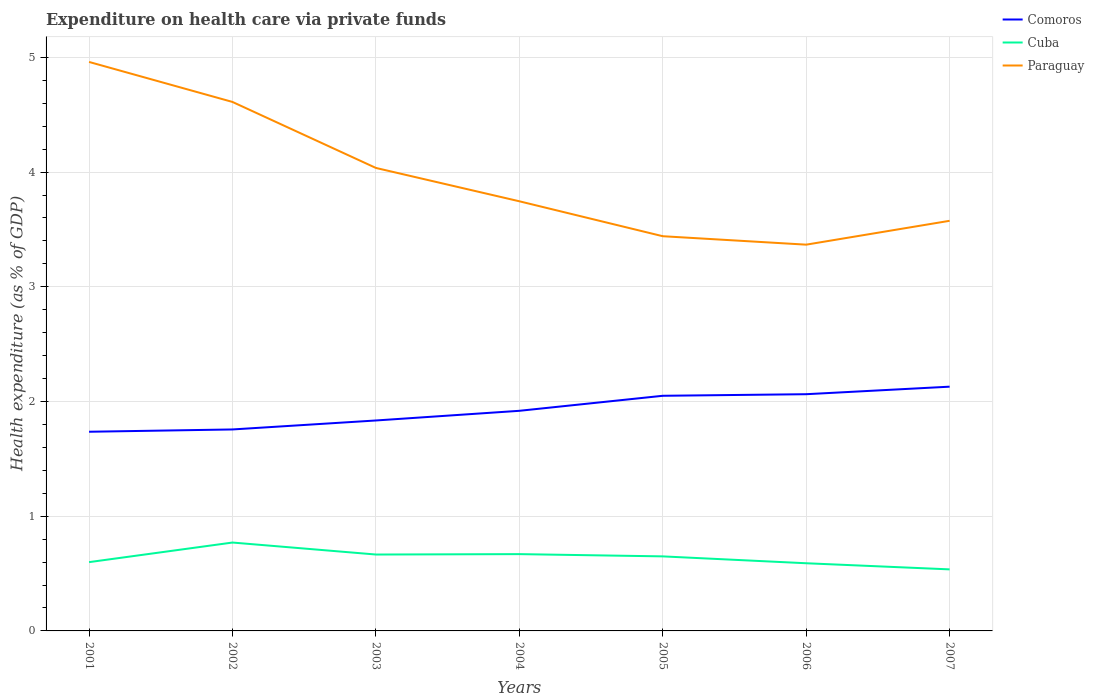
| Years | Comoros | Cuba | Paraguay |
 | --- | --- | --- | --- |
 | 2001 | 1.74 | 0.6 | 4.96 |
 | 2002 | 1.76 | 0.77 | 4.61 |
 | 2003 | 1.83 | 0.666 | 4.04 |
 | 2004 | 1.92 | 0.669 | 3.75 |
 | 2005 | 2.05 | 0.65 | 3.44 |
 | 2006 | 2.06 | 0.59 | 3.37 |
 | 2007 | 2.13 | 0.536 | 3.58 |